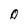
Character: 0